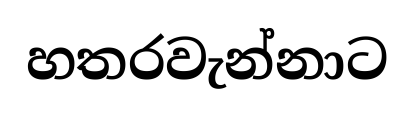
හතරවැන්නාට